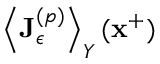
\left\langle \mathbf { J } _ { \epsilon } ^ { ( p ) } \right\rangle _ { Y } ( \mathbf { x } ^ { + } )